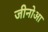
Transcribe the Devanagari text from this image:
जीनोआ